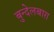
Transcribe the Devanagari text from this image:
बुन्देलबाग़